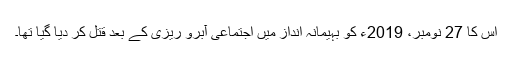
اس کا 27 نومبر، 2019ء کو بہیمانہ انداز میں اجتماعی آبرو ریزی کے بعد قتل کر دیا گیا تھا۔